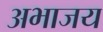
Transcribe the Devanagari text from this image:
अभाजय